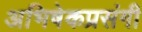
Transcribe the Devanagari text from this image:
अभिषेकप्रसंगी